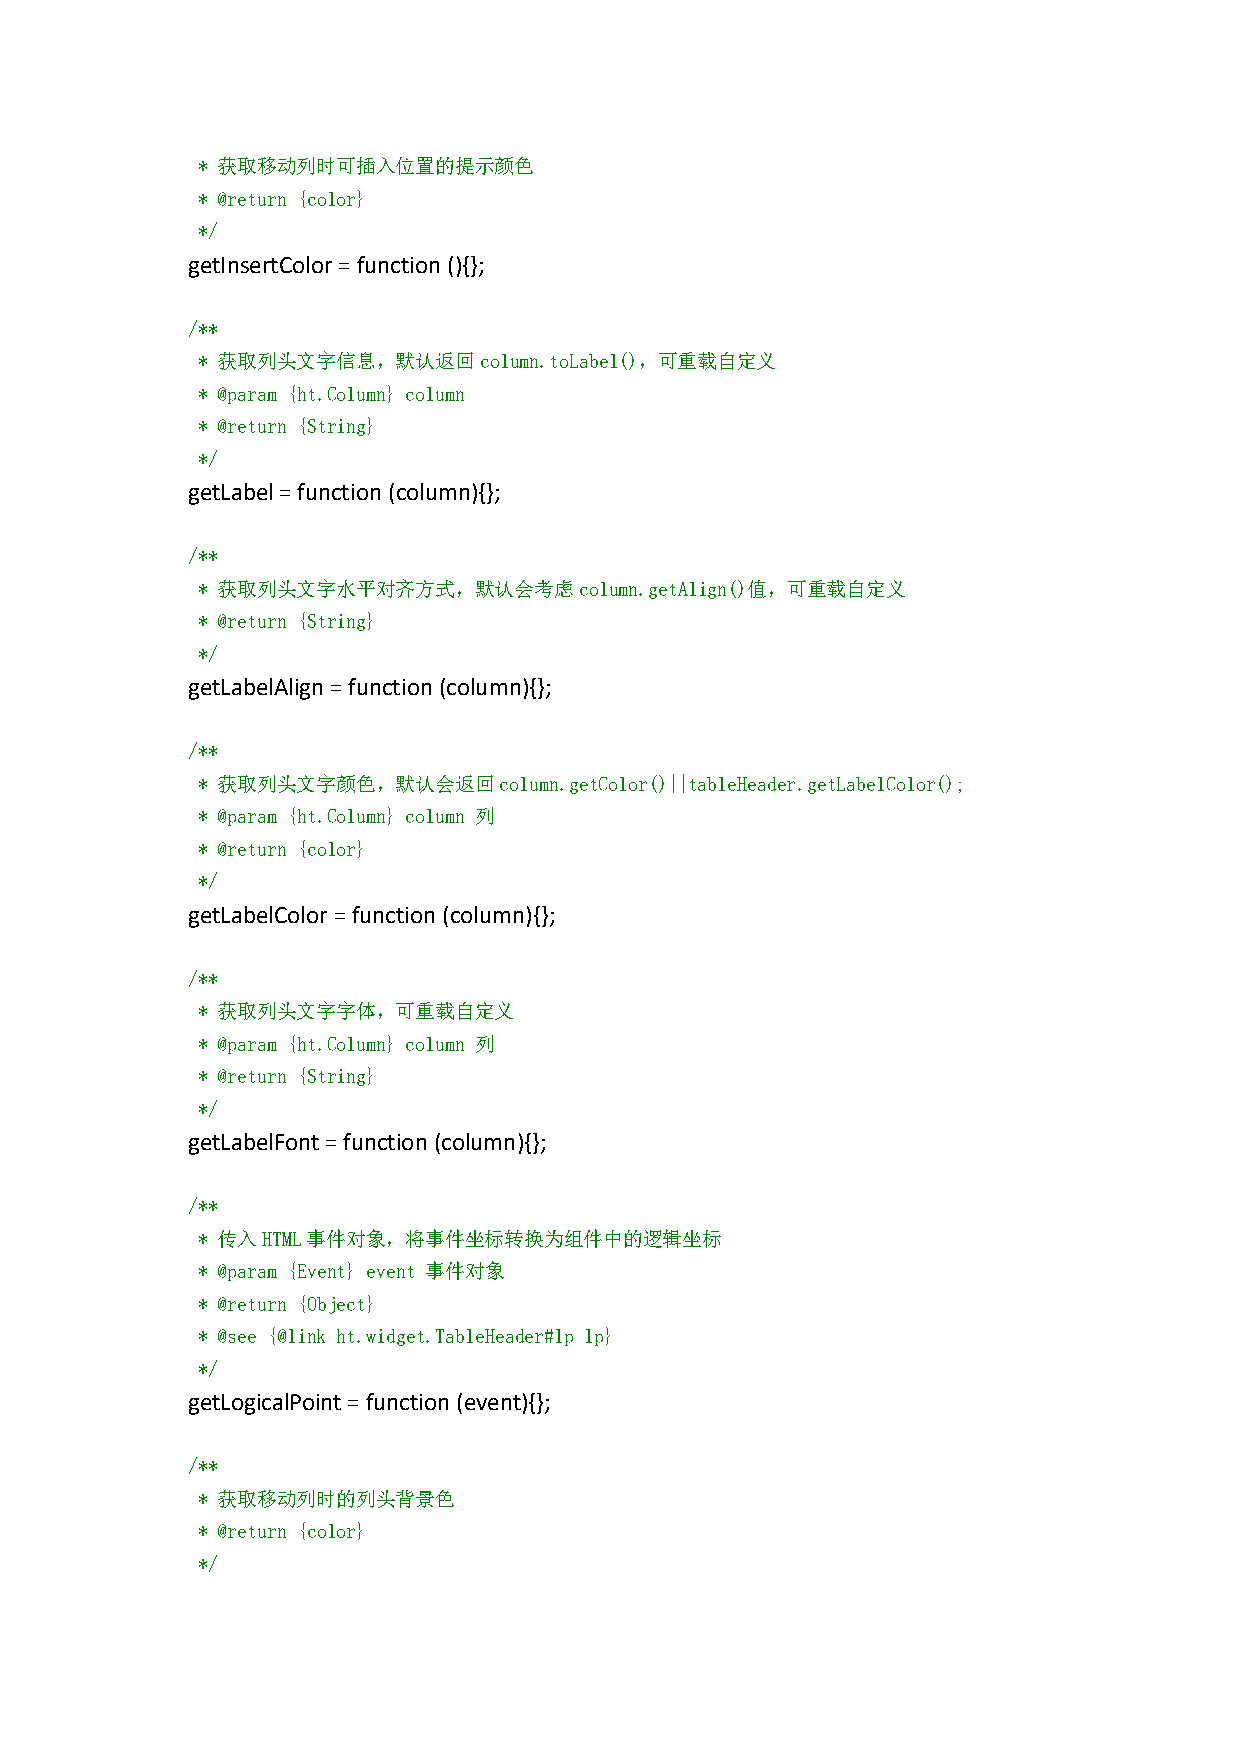
* 获取移动列时可插入位置的提示颜色
 * @return {color}
 */
 getInsertColor=function(){};
 /**
 * 获取列头文字信息，默认返回column.toLabel()，可重载自定义
 * @param {ht.Column} column
 * @return {String}
 */
 getLabel=function (column){};
 /**
 * 获取列头文字水平对齐方式，默认会考虑column.getAlign()值，可重载自定义
 * @return {String}
 */
 getLabelAlign=function(column){};
 /**
 * 获取列头文字颜色，默认会返回column.getColor()||tableHeader.getLabelColor();
 * @param {ht.Column} column 列
 * @return {color}
 */
 getLabelColor =function(column){};
 /**
 * 获取列头文字字体，可重载自定义
 * @param {ht.Column} column 列
 * @return {String}
 */
 getLabelFont=function(column){};
 /**
 * 传入HTML事件对象，将事件坐标转换为组件中的逻辑坐标
 * @param {Event} event 事件对象
 * @return {Object}
 * @see {@link ht.widget.TableHeader#lp lp}
 */
 getLogicalPoint=function(event){};
 /**
 * 获取移动列时的列头背景色
 * @return {color}
 */